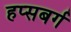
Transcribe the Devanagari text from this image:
हप्सबर्ग